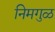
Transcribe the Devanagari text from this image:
निमगुळ